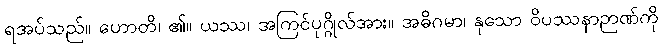
ရအပ်သည်။ ဟောတိ၊ ၏။ ယဿ၊ အကြင်ပုဂ္ဂိုလ်အား။ အဓိဂမာ၊ နုသော ဝိပဿနာဉာဏ်ကို